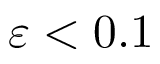
\varepsilon < 0 . 1